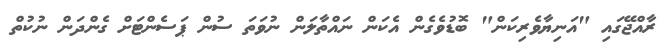
ރާއްޖޭގައި "އަނިޔާވެރިކަން" ބޮޑުވެގެން އެކަން ނައްތާލަން ނުވަތަ ސުން ޕަސެންޓަށް ގެންދަން ނުކުތް